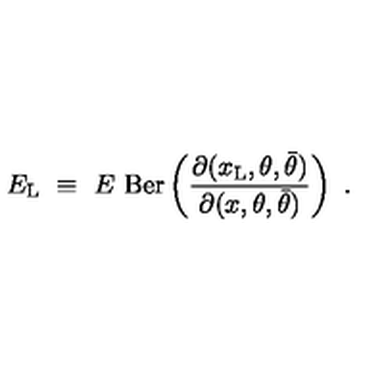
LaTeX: E _ { \mathrm { L } } \ \equiv \ E \ \mathrm { B e r } \left( { \frac { \partial ( x _ { \mathrm { L } } , \theta , \bar { \theta } ) } { \partial ( x , \theta , \bar { \theta } ) } } \right) \ .